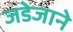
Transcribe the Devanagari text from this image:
जडेजाने